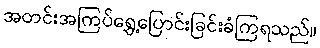
အတင်းအကြပ်ရွှေ့ပြောင်းခြင်းခံကြရသည်။